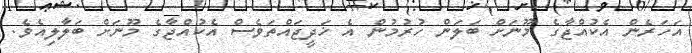
އަހަރެން އެކުއްޖާގެ މޫނަށް ބަލަން ހުރުމުން އެ ޚަދީޖައްތަވެސް އެކުއްޖާގެ މޫނަށް ބަލާލިއެވެ.